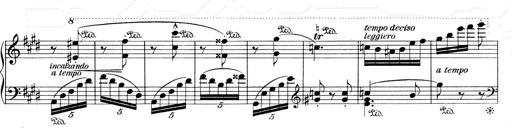
Title: Mephisto Waltz No.1
Composer: Franz Liszt